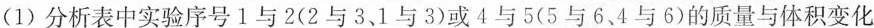
(1)分析表中实验序号1与2(2与3、1与3)或4与5(5与6、4与6)的质量与体积变化